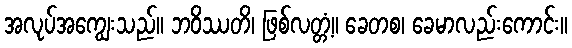
အလုပ်အကျွေးသည်။ ဘဝိဿတိ၊ ဖြစ်လတ္တံ့။ ခေတစ၊ ခေမာလည်းကောင်း။